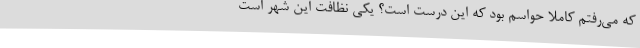
که می‌رفتم کاملاً حواسم بود که این درست است؟ یکی نظافت این شهر است